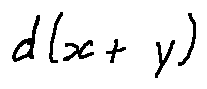
d ( x + y )